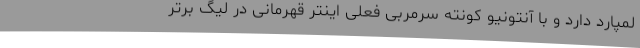
لمپارد دارد و با آنتونیو کونته سرمربی فعلی اینتر قهرمانی در لیگ برتر